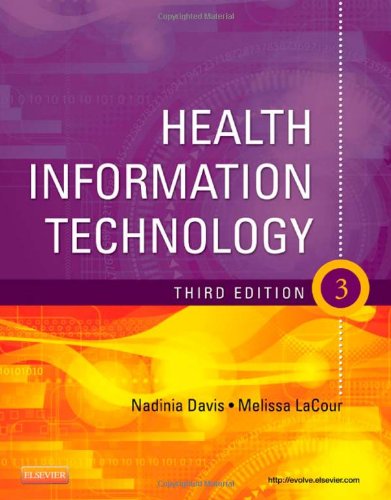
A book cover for Health Information Technology, 3e; Nadinia A. Davis MBA  RHIA  CHDA  CCS  FAHIMA; Medical Books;